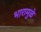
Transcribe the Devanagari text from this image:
भारामुळे